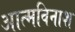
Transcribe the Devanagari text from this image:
आत्मविनाश